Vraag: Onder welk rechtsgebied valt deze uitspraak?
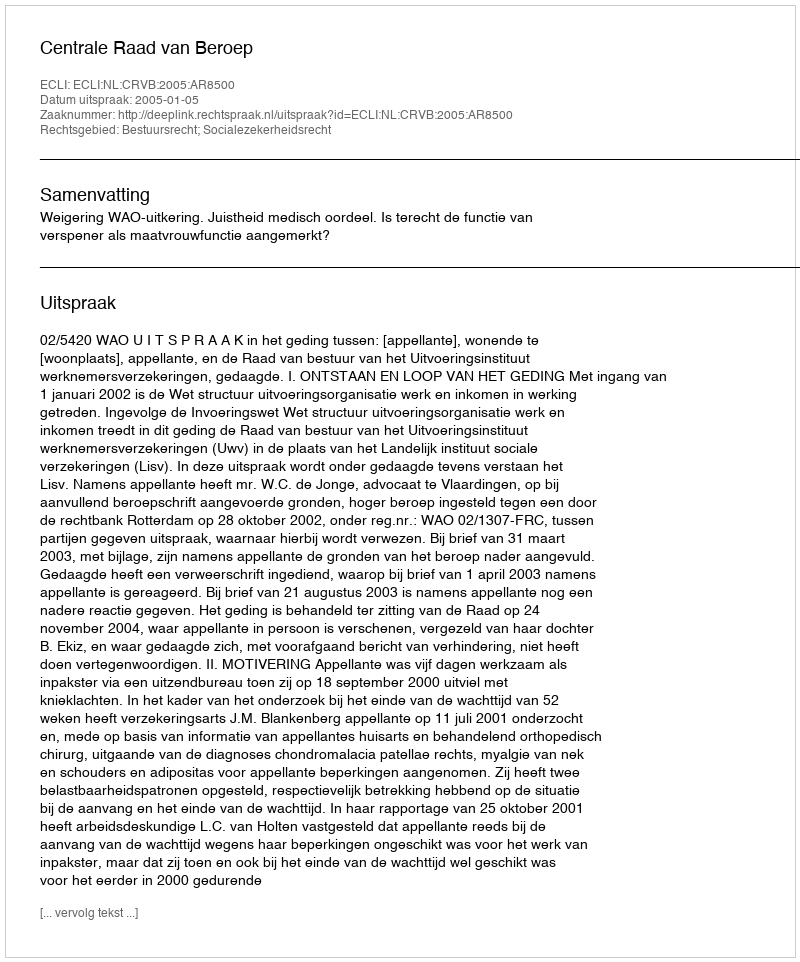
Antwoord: Bestuursrecht; Socialezekerheidsrecht